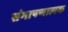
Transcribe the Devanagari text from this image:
संभाषणात्मक